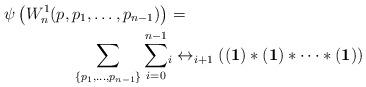
LaTeX: \begin{align*}\psi\left(W^1_{n}(p,p_1,\dots,p_{n-1})\right)&=\\\sum_{\{p_1,\dots,p_{n-1}\}}\sum_{i=0}^{n-1} & _{i}\leftrightarrow_{i+1} \left(\mathbf{(1)}\ast\mathbf{(1)}\ast\dots\ast\mathbf{(1)}\right)\end{align*}